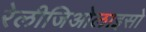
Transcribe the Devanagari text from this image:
रेलीजिओलाइसो